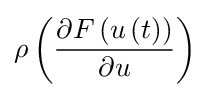
\rho \left({\frac {\partial F\left(u\left(t\right)\right)}{\partial u}}\right)\